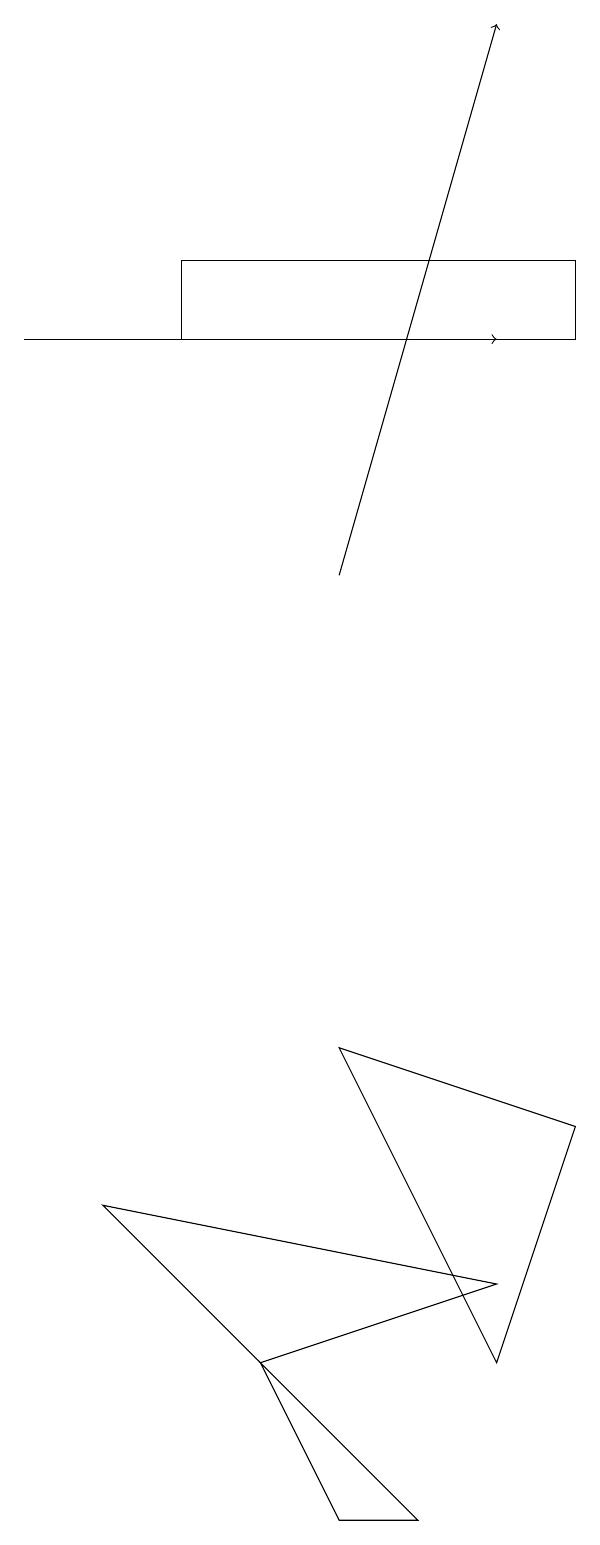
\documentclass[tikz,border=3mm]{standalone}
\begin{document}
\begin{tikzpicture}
\draw (9,15) rectangle (4,16);
\draw (3,4) -- (8,3) -- (5,2) -- cycle;
\draw (9,5) -- (6,6) -- (8,2) -- cycle;
\draw (7,0) -- (6,0) -- (5,2) -- cycle;
\draw[->] (6,12) -- (8,19);
\draw[->] (2,15) -- (8,15);
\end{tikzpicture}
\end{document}